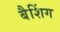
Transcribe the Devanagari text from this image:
बैशिंग